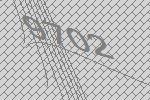
9702